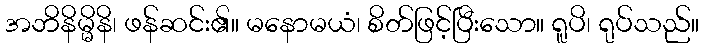
အဘိနိမ္မိနိ၊ ဖန်ဆင်း၏။ မနောမယံ၊ စိတ်ဖြင့်ပြီးသော။ ရူပိ၊ ရုပ်သည်။